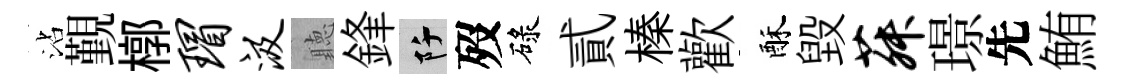
沾覲槨瑁汲聽鋒阡歿碌貳榛歡酥毁菽璟先鮪